Lunatic asylums Bombay report 1878-1890 - 1878-1890
Year: 1878
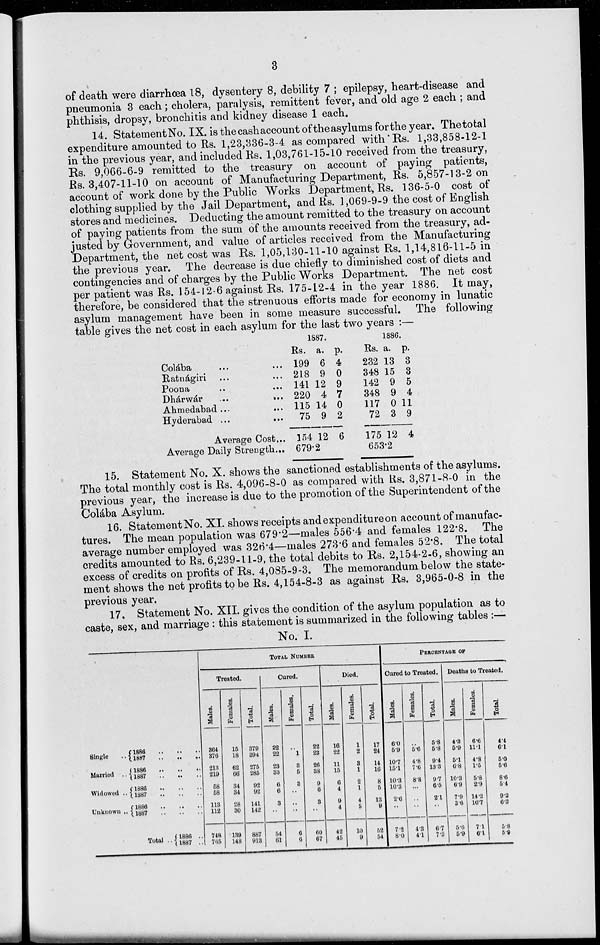
3
of death were diarrhœa 18, dysentery 8, debility 7 ; epilepsy, heart-disease and
pneumonia 3 each; cholera, paralysis, remittent fever, and old age 2 each ; and
phthisis, dropsy, bronchitis and kidney disease 1 each.
14. Statement No. IX. is the cash account of the asylums for the year. The total
expenditure amounted to Rs. 1,23,336-3-4 as compared with Rs. 1,33,858-12-1
in the previous year, and included Rs. 1,03,761-15-10 received from the treasury,
Rs. 9,066-6-9 remitted to the treasury on account of paying patients,
Rs. 3,407-11-10 on account of Manufacturing Department, Rs. 5,857-13-2 on
account of work done by the Public Works Department, Rs. 136-5-0 cost of
clothing supplied by the Jail Department, and Rs. 1,069-9-9 the cost of English
stores and medicines. Deducting the amount remitted to the treasury on account
of paying patients from the sum of the amounts received from the treasury, ad-
justed by Government, and value of articles received from the Manufacturing
Department, the net cost was Rs. 1,05,130-11-10 against Rs. 1,14,816-11-5 in
the previous year. The decrease is due chiefly to diminished cost of diets and
contingencies and of charges by the Public Works Department. The net cost
per patient was Rs. 154-12-6 against Rs. 175-12-4 in the year 1886. It may,
therefore, be considered that the strenuous efforts made for economy in lunatic
asylum management have been in some measure successful. The following
table gives the net cost in each asylum for the last two years :—
Colába ... ...
Ratnágiri ... ...
Poona ... ...
Dhárwár
...
...
Ahmedabad ... ...
Hyderabad ... ...
Average Cost...
Average Daily Strength...
1887.
Rs.
199
218
141
220
115
75
154
a.
6
9
12
4
14
9
12
p.
4
0
9
7
0
2
6
679.2
1886.
Rs.
232
348
142
348
117
72
175
a.
13
15
9
9
0
3
12
p.
3
3
5
4
11
9
4
653.2
15. Statement No. X. shows the sanctioned establishments of the asylums.
The total monthly cost is Rs. 4,096-8-0 as compared with Rs. 3,871-8-0 in the
previous year, the increase is due to the promotion of the Superintendent of the
Colába Asylum.
16. StatementNo. XI. shows receipts and expenditure on account of manufac-
tures. The mean population was 679.2—males 556.4 and females 122.8. The
average number employed was 326.4—males 273.6 and females 52.8. The total
credits amounted to Rs. 6,239-11-9, the total debits to Rs. 2,154-2-6, showing an
excess of credits on profits of Rs. 4,085-9-3. The memorandum below the state-
ment shows the net profits to be Rs. 4,154-8-3 as against Rs. 3,965-0-8 in the
previous year.
17. Statement No. XII. gives the condition of the asylum population as to
caste, sex, and marriage : this statement is summarized in the following tables :—
No. I.
Single ..
Married ..
Widowed ..
Unknown ..
1886 .. .. ..
1887
..
..
..
1886 .. .. ..
1887 .. .. ..
1886
..
..
..
1887
..
..
..
1886
..
..
..
1887
..
..
..
Total .. 1886 .. .. ..
1887.. .. ..
TOTAL NUMBER
Treated.
Males.
864
876
213
219
58
58
113
112
748
765
Females.
15
18
62
66
84
34
28
30
139
148
Total.
379
394
275
285
92
92
141
142
887
913
Cured.
Males.
22
22
23
33
6
6
3
..
54
61
Females.
..
1
3
5
3
..
..
..
6
6
Total.
22
23
26
38
9
6
3
..
60
67
Died.
Males.
16
22
11
15
6
4
9
4
42
45
Females.
1
2
8
1
2
1
4
5
10
9
Total.
17
24
14
16
8
5
13
9
52
54
PERCENTAGE OF
Cured to Treated.
Males.
6.0
5.9
10.7
15.1
10.3
10.3
2.6
..
7.2
8.0
Females.
..
5.6
4.8
7.6
8.8
...
...
..
4.3
4.1
Total.
5.8
5.8
9.4
13.3
9.7
6.5
2.1
..
6.7
7.3
Deaths to Treated.
Males.
4.3
5.9
5.1
6.8
10.3
6.9
7.9
3.6
5.6
5.9
Females.
6.6
11.1
4.8
1.5
5.8
2.9
14.2
16.7
7.1
6.1
Total.
4.4
6.1
5.0
5.6
8.6
5.4
9.2
6.3
5.8
5.9